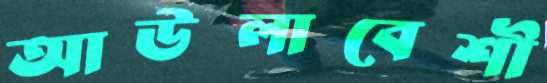
আউলাবেশী